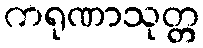
ကရုဏာသုတ္တ